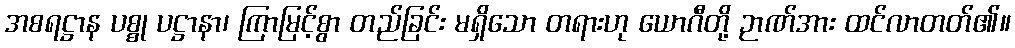
အစရဋ္ဌာန ပစ္စု ပဋ္ဌာနာ၊ ကြာမြင့်စွာ တည်ခြင်း မရှိသော တရားဟု ယောဂီတို့ ဉာဏ်အား ထင်လာတတ်၏။